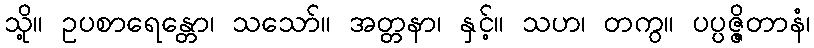
သို့။ ဥပစာရေန္တော၊ သသော်။ အတ္တနာ၊ နှင့်။ သဟ၊ တကွ။ ပပ္ပဇ္ဇိတာနံ၊